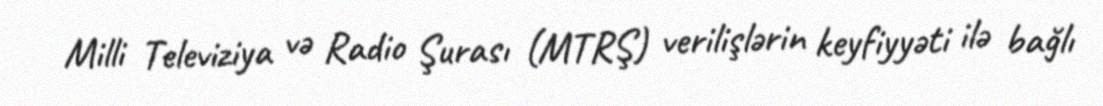
Milli Televiziya və Radio Şurası (MTRŞ) verilişlərin keyfiyyəti ilə bağlı